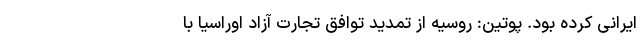
ایرانی کرده بود. پوتین: روسیه از تمدید توافق تجارت آزاد اوراسیا با